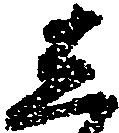
し